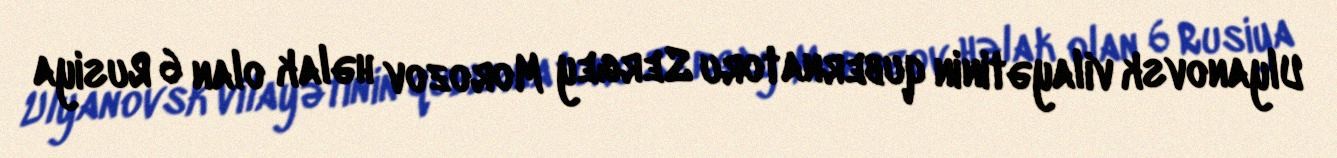
Ulyanovsk vilayətinin qubernatoru Sergey Morozov həlak olan 6 Rusiya